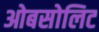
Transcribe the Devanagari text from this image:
ओबसोलिट